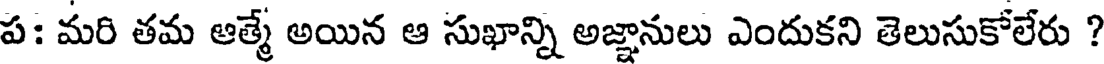
ప: మరి తమ ఆత్మే అయిన ఆ సుఖాన్ని అజ్ఞానులు ఎందుకని తెలుసుకోలేరు ?